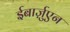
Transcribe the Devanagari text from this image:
ईबार्ज़ुएन